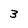
Character: 3